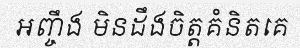
អញ្ចឹង មិនដឹងចិត្តគំនិតគេ